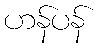
ဟန်ပန်